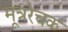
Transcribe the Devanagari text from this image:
मूत्ररेचक